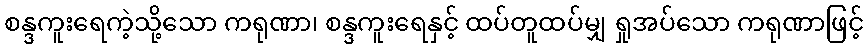
စန္ဒကူးရေကဲ့သို့သော ကရုဏာ၊ စန္ဒကူးရေနှင့် ထပ်တူထပ်မျှ ရှုအပ်သော ကရုဏာဖြင့်